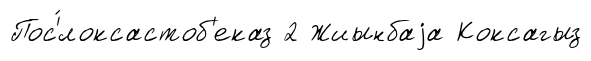
Пос'́локсастоб'еказ 2 Жиынбаjа Коксагыз